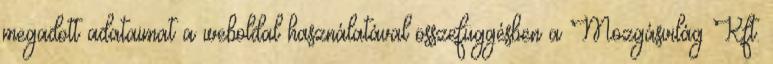
megadott adataimat a weboldal használatával összefüggésben a Mozgásvilág Kft.